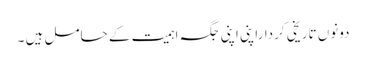
دونوں تاریخی کرداراپنی اپنی جگہ اہمیت کے حامل ہیں ۔